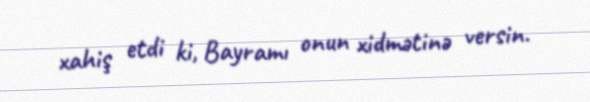
xahiş etdi ki, Bayramı onun xidmətinə versin.